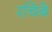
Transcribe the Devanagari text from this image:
रचिबे